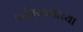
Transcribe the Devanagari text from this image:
अग्निस्तंभाच्या